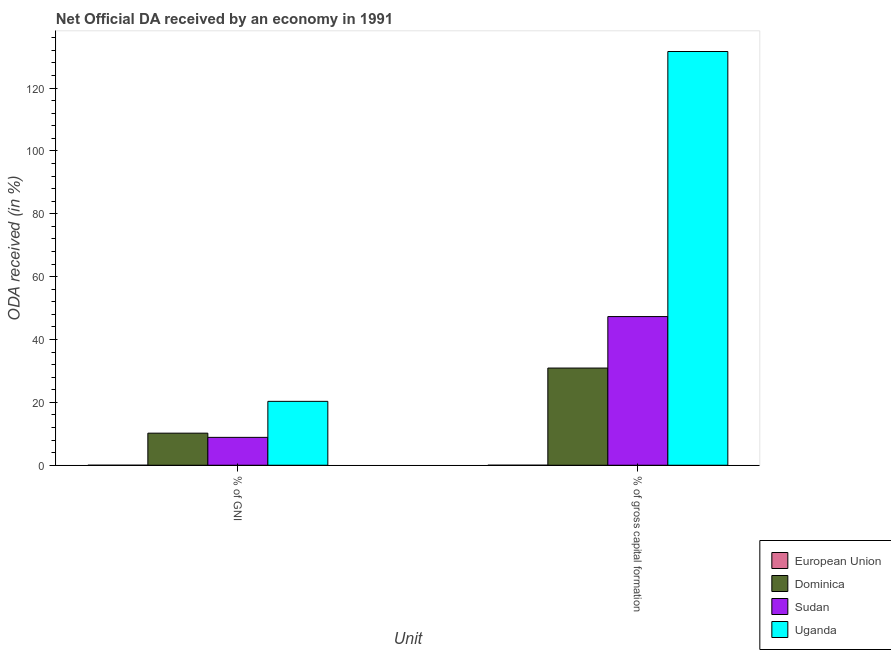
| Unit | European Union | Dominica | Sudan | Uganda |
 | --- | --- | --- | --- | --- |
 | % of GNI | 0.000788 | 10.2 | 8.87 | 20.3 |
 | % of gross capital formation | 0.00336 | 30.9 | 47.3 | 132 |